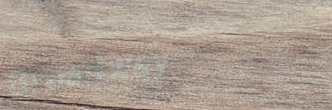
Broadway